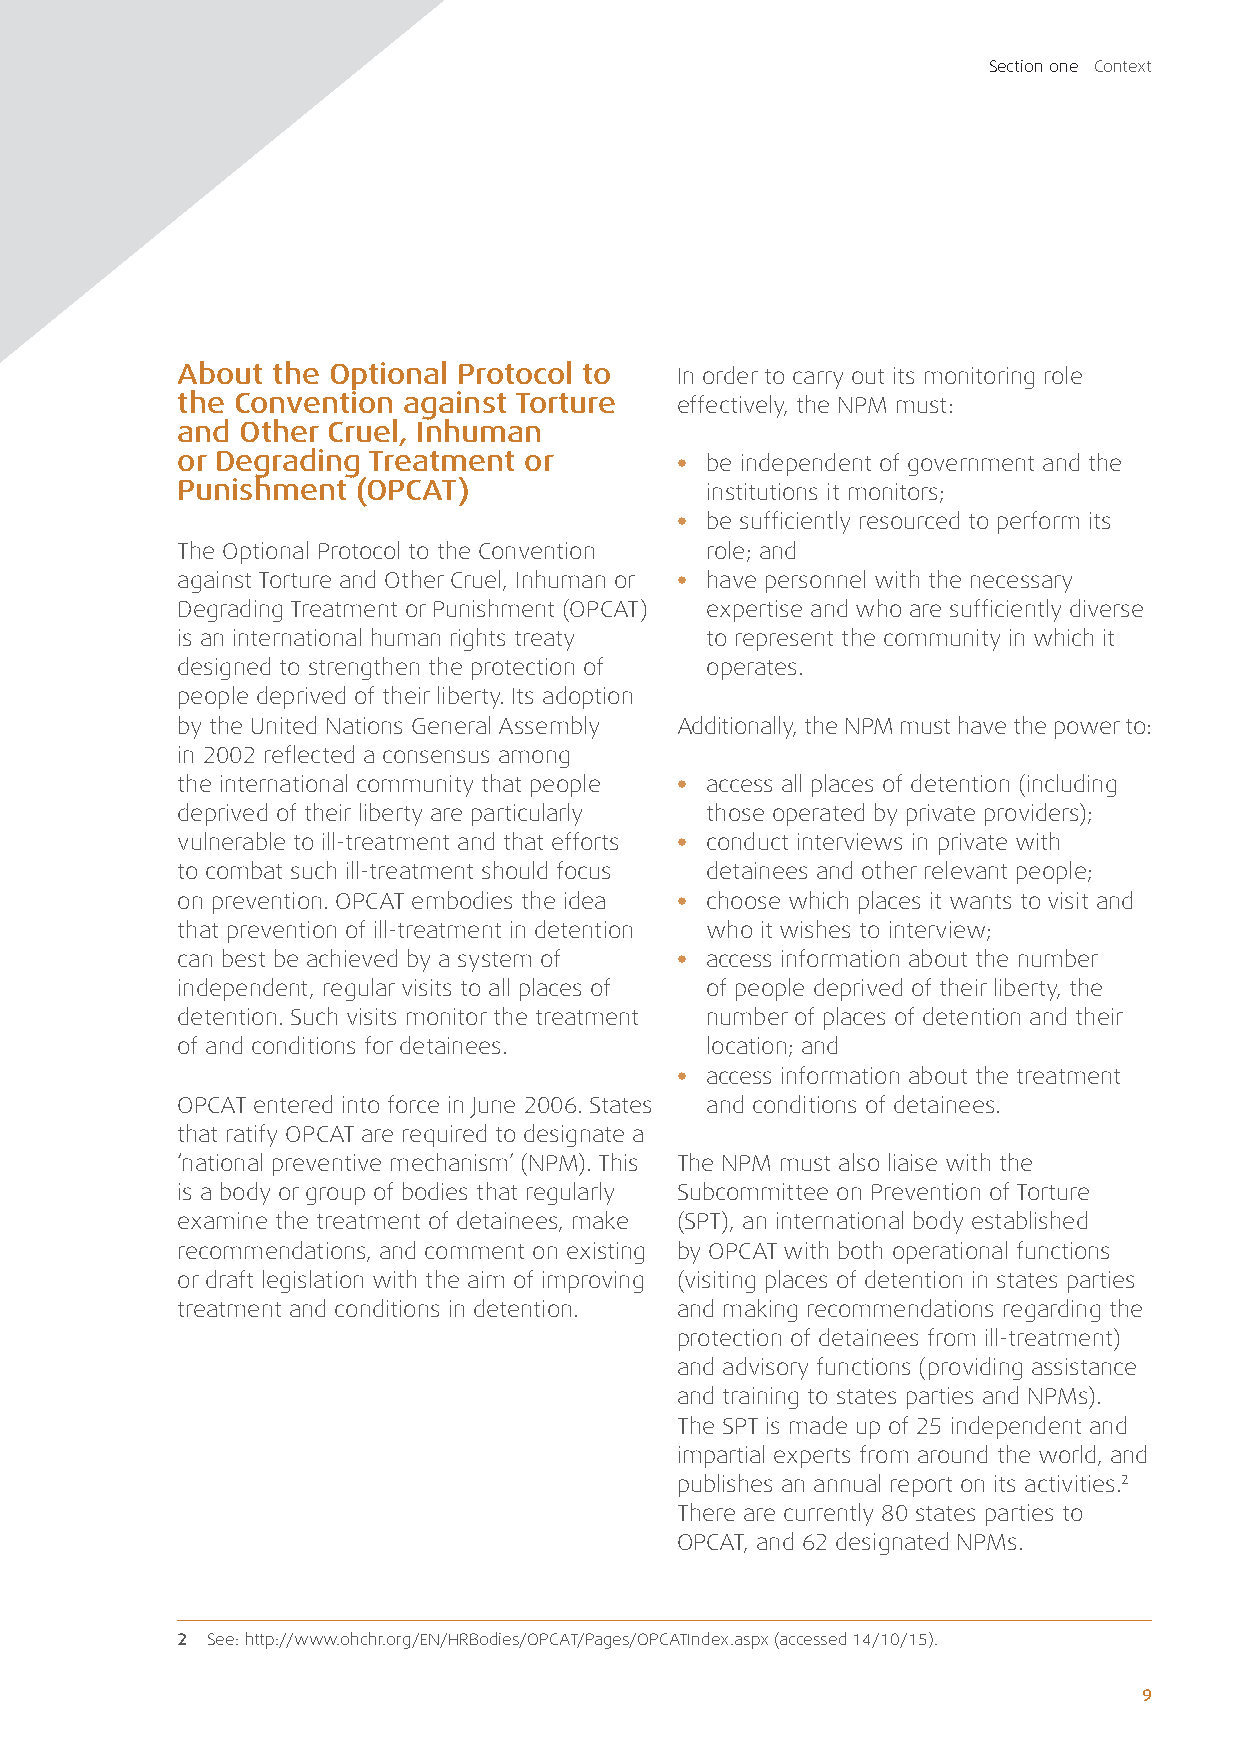
Section one Context
 About the Optional Protocol to   In order to carry out its monitoring role
 the Convention against Torture   effectively, the NPM must:
 and Other Cruel, Inhuman
 or Degrading Treatment or        • be independent of government and the
 Punishment  (OPCAT)                institutions it monitors;
 • be sufficiently resourced to perform its
 The Optional Protocol to the Convention role; and
 against Torture and Other Cruel, Inhuman or • have personnel with the necessary
 Degrading Treatment or Punishment (OPCAT) expertise and who are sufficiently diverse
 is an international human rights treaty to represent the community in which it
 designed to strengthen the protection of operates.
 people deprived of their liberty. Its adoption
 by the United Nations General Assembly Additionally, the NPM must have the power to:
 in 2002 reflected a consensus among
 the international community that people • access all places of detention (including
 deprived of their liberty are particularly those operated by private providers);
 vulnerable to ill-treatment and that efforts • conduct interviews in private with
 to combat such ill-treatment should focus detainees and other relevant people;
 on prevention. OPCAT embodies the idea • choose which places it wants to visit and
 that prevention of ill-treatment in detention who it wishes to interview;
 can best be achieved by a system of • access information about the number
 independent, regular visits to all places of of people deprived of their liberty, the
 detention. Such visits monitor the treatment number of places of detention and their
 of and conditions for detainees.   location; and
 • access information about the treatment
 OPCAT entered into force in June 2006. States and conditions of detainees.
 that ratify OPCAT are required to designate a
 ‘national preventive mechanism’ (NPM). This The NPM must also liaise with the
 is a body or group of bodies that regularly Subcommittee on Prevention of Torture
 examine the treatment of detainees, make (SPT), an international body established
 recommendations, and comment on existing by OPCAT with both operational functions
 or draft legislation with the aim of improving (visiting places of detention in states parties
 treatment and conditions in detention. and making recommendations regarding the
 protection of detainees from ill-treatment)
 and advisory functions (providing assistance
 and training to states parties and NPMs).
 The SPT is made up of 25 independent and
 impartial experts from around the world, and
 publishes an annual report on its activities.2
 There are currently 80 states parties to
 OPCAT, and 62 designated NPMs.
 2 See: http://www.ohchr.org/EN/HRBodies/OPCAT/Pages/OPCATIndex.aspx (accessed 14/10/15).
 9